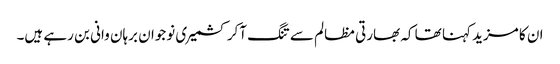
ان کا مزید کہنا تھا کہ بھارتی مظالم سے تنگ آکر کشمیری نوجوان برہان وانی بن رہے ہیں۔